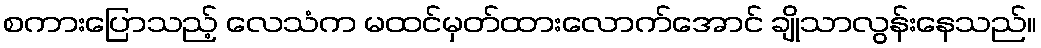
စကားပြောသည့် လေသံက မထင်မှတ်ထားလောက်အောင် ချိုသာလွန်းနေသည်။